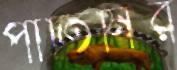
পার্তিনির